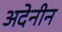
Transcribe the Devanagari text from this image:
अदेनीन